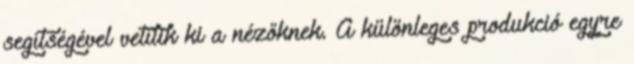
segítségével vetítik ki a nézőknek. A különleges produkció egyre